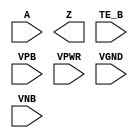
module sky130_fd_sc_ms__ebufn (
    //# {{data|Data Signals}}
    input  A   ,
    output Z   ,

    //# {{control|Control Signals}}
    input  TE_B,

    //# {{power|Power}}
    input  VPB ,
    input  VPWR,
    input  VGND,
    input  VNB
);
endmodule